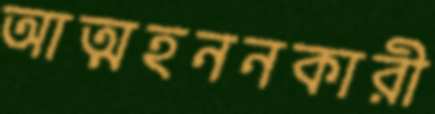
আত্মহননকারী